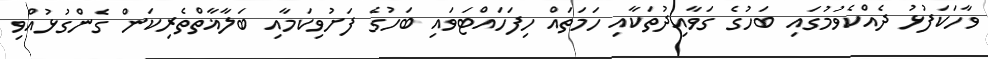
ވާހަކަފުޅު ދެއްކެވުމުގައި ބަހުގެ ގަވާއިދުތަކާއި ހަމަތައް ހިފަހައްޓަވައި ބަހުގެ ފަށުވިކަމާއި ބަލާޣާތްތެރިކަން ގެންގުޅުއްވި